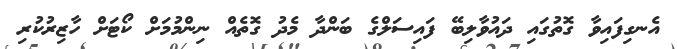
އެނގިފައިވާ ގޮތުގައި ދައުވާލިބޭ ފައިސަލްގެ ބަންދާ މެދު ގޮތެއް ނިންމުމަށް ކޯޓަށް ހާޒިރުކުރި